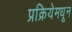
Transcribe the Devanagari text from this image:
प्रक्रियेमधून